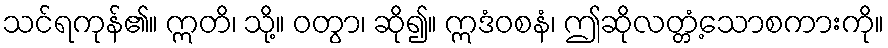
သင်ရကုန်၏။ ဣတိ၊ သို့။ ဝတွာ၊ ဆို၍။ ဣဒံဝစနံ၊ ဤဆိုလတ္တံ့သောစကားကို။